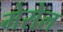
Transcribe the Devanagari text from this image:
मेसेल